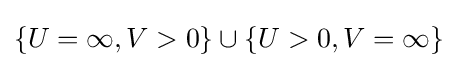
\{U=\infty ,V>0\}\cup \{U>0,V=\infty \}